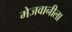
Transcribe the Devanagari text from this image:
मेजवानीला